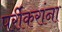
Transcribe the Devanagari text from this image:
पर्रीकरांना